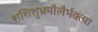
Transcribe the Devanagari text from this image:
शशिशुभ्रमौलैर्भक्त्या